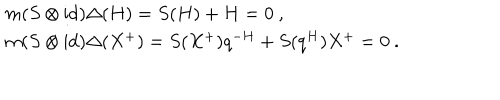
\begin{array} { r c l } { { } } & { { } } & { { m ( S \otimes \mathrm { i d } ) \Delta ( H ) = S ( H ) + H = 0 ~ , } } \\ { { } } & { { } } & { { m ( S \otimes \mathrm { i d } ) \Delta ( X ^ { + } ) = S ( X ^ { + } ) q ^ { - H } + S ( q ^ { H } ) X ^ { + } = 0 ~ . } } \\ \end{array}